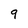
Character: 9